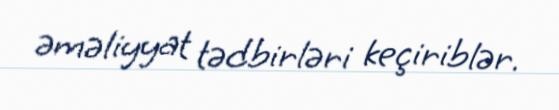
əməliyyat tədbirləri keçiriblər.